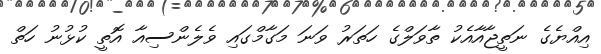
އިއްޔެގެ ނަތީޖާއާއެކު ތާވަލްގެ ހަތަރު ވަނަ މަގާމްގައި ވެލެންސިއާ އޮތީ ކުޅުނު ހަތް